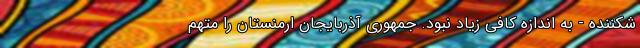
شکننده - به اندازه کافی زیاد نبود. جمهوری آذربایجان ارمنستان را متهم